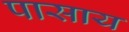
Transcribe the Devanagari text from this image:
पासाय